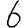
Digit: 6